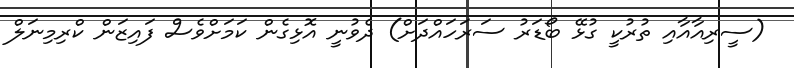
(ސީރިއާއާއި ތުރުކީ ގުޅޭ ބޯޑަރު ސަރަހައްދަށް) ދެވުނީ އޮޅިގެން ކަމަށްވެސް ފައިޒަން ކްރިމިނަލް